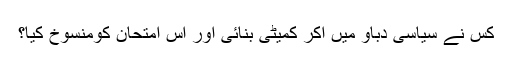
کس نے سیاسی دباو میں آکر کمیٹی بنائی اور اس امتحان کومنسوخ کیا؟